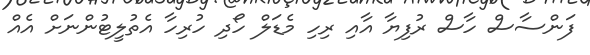
ފަންސާސް ހާސް ރުފިޔާ އާއި ރިހި މެޑަލް ހޯދި ހުރިހާ އެތުލީޓުންނަށް އެއް